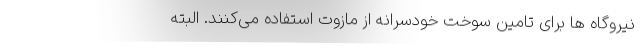
نیروگاه ها برای تامین سوخت خودسرانه از مازوت استفاده می‌کنند. البته